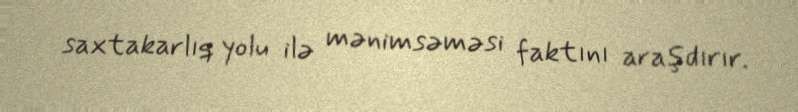
saxtakarlıq yolu ilə mənimsəməsi faktını araşdırır.